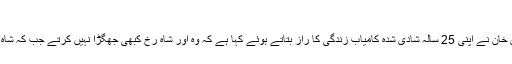
کنگ خان کی اہلیہ نے ناقابل یقین انکشاف کر دیا
ممبئی (ویب ڈیسک) بالی ووڈ کنگ شاہ رخ خان کی اہلیہ گوری خان نے اپنی 25 سالہ شادی شدہ کامیاب زندگی کا راز بتاتے ہوئے کہا ہے کہ وہ اور شاہ رخ کبھی جھگڑا نہیں کرتے جب کہ شاہ رخ انہیں خوش رکھنے کی ہر ممکن کوشش کرتے رہتے ہیں۔